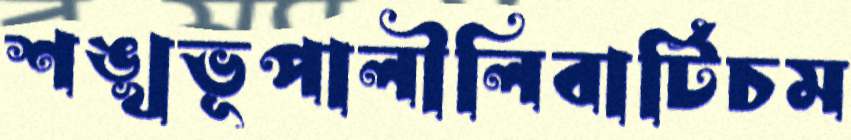
শঙ্খভূপালীলিবার্টিচম